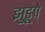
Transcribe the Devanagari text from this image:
झुडूपे